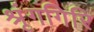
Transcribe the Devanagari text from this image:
श्रृंगगिरि